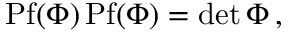
\mathrm { P f } ( \Phi ) \, \mathrm { P f } ( \Phi ) = \operatorname * { d e t } \Phi \, ,